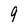
Character: 9